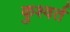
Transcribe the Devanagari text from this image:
कुश्वर्त